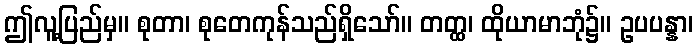
ဤလူ့ပြည်မှ။ စုတာ၊ စုတေကုန်သည်ရှိသော်။ တတ္ထ၊ ထိုယာမာဘုံ၌။ ဥပပန္နာ၊